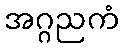
အဂ္ဂညကံ